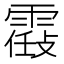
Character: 𩄸